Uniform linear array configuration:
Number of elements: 24
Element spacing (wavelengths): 1
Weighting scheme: blackman
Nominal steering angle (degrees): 45
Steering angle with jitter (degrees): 44.807
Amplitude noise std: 0.05
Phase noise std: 0.05

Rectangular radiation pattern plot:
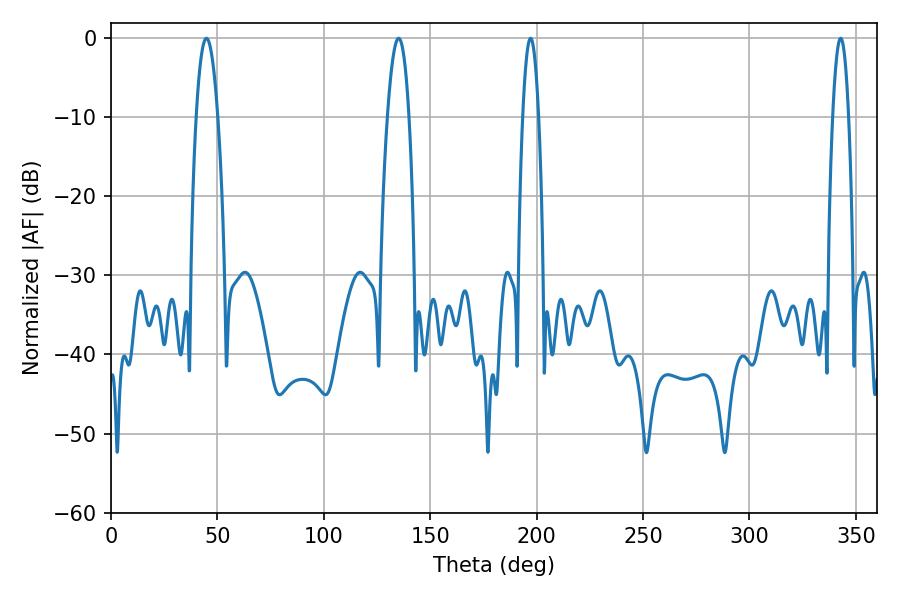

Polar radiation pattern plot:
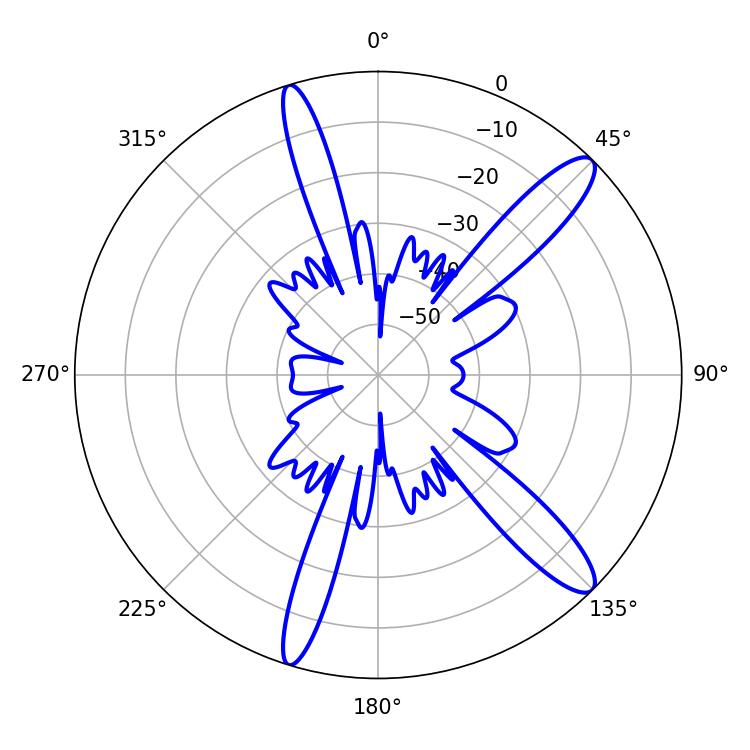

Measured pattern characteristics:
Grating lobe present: TRUE
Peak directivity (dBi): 12.881
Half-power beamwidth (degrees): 5.58
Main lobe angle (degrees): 44.82